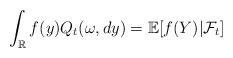
LaTeX: \begin{align*}\int_{\mathbb{R}} f(y) Q_t(\omega,dy) = \mathbb{E}[ f(Y) | \mathcal{F}_t]\end{align*}